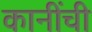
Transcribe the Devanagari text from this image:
कानींची